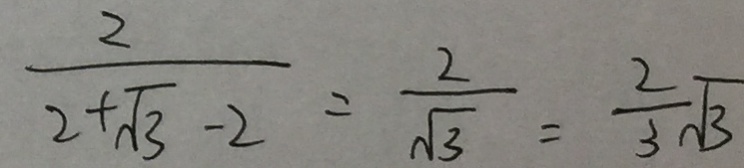
\frac { 2 } { 2 + \sqrt { 3 } - 2 } = \frac { 2 } { \sqrt { 3 } } = \frac { 2 } { 3 } \sqrt { 3 }